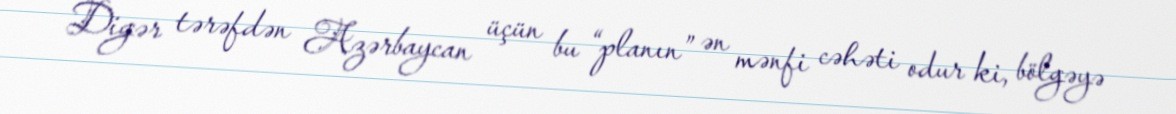
Digər tərəfdən Azərbaycan üçün bu “planın” ən mənfi cəhəti odur ki, bölgəyə